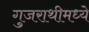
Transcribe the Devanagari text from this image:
गुजराथीमध्ये